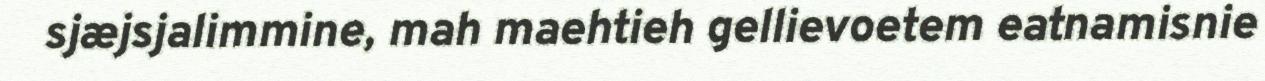
sjæjsjalimmine, mah maehtieh gellievoetem eatnamisnie